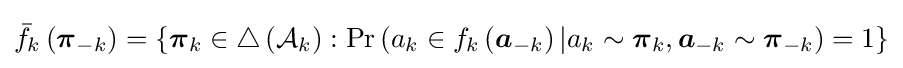
{\bar {f}}_{k}\left({\boldsymbol {\pi }}_{-k}\right)=\left\lbrace {\boldsymbol {\pi }}_{k}\in \triangle \left({\mathcal {A}}_{k}\right):\mathrm {Pr} \left(a_{k}\in f_{k}\left({\boldsymbol {a}}_{-k}\right)|a_{k}\sim {\boldsymbol {\pi }}_{k},{\boldsymbol {a}}_{-k}\sim {\boldsymbol {\pi }}_{-k}\right)=1\right\rbrace